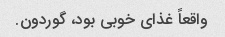
واقعاً غذای خوبی بود، گوردون.